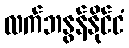
လက်ဘနွန်နိုင်ငံ